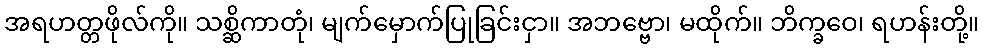
အရဟတ္တဖိုလ်ကို။ သစ္ဆိကာတုံ၊ မျက်မှောက်ပြုခြင်းငှာ။ အဘဗ္ဗော၊ မထိုက်။ ဘိက္ခဝေ၊ ရဟန်းတို့။